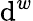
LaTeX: \mathrm{d}^{w}